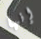
إنها